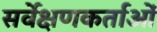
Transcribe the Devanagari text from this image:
सर्वेक्षणकर्ताओं